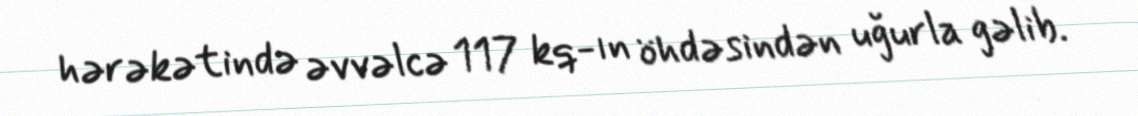
hərəkətində əvvəlcə 117 kq-ın öhdəsindən uğurla gəlib.